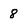
Character: 8